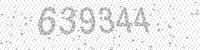
Solution: 639344